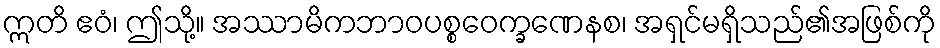
ဣတိ ဧဝံ၊ ဤသို့။ အဿာမိကဘာဝပစ္စဝေက္ခဏေနစ၊ အရှင်မရှိသည်၏အဖြစ်ကို